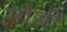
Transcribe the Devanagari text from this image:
गोज्जी